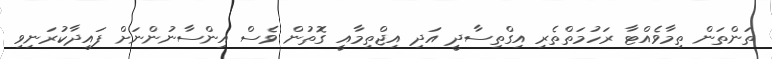
ތަންތަން ތިމާވެއްޓާ ރަހުމަތްތެރި އިގްތިސާދީ އަދި އިޖްތިމާއީ ގޮތުން ވެސް އިންސާނުންނަށް ފައިދާކުރަނިވި